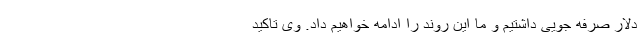
دلار صرفه جویی داشتیم و ما این روند را ادامه خواهیم داد. وی تاکید